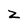
Character: Z